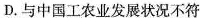
D.与中国工农业发展状况不符